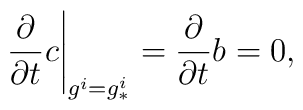
\left.{\partial\over \partial t} c\right|_{g^i=g^i_*}={\partial\over \partial t}b=0,